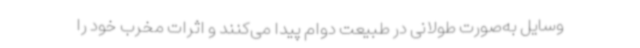
وسایل به‌صورت طولانی در طبیعت دوام پیدا می‌کنند و اثرات مخرب خود را